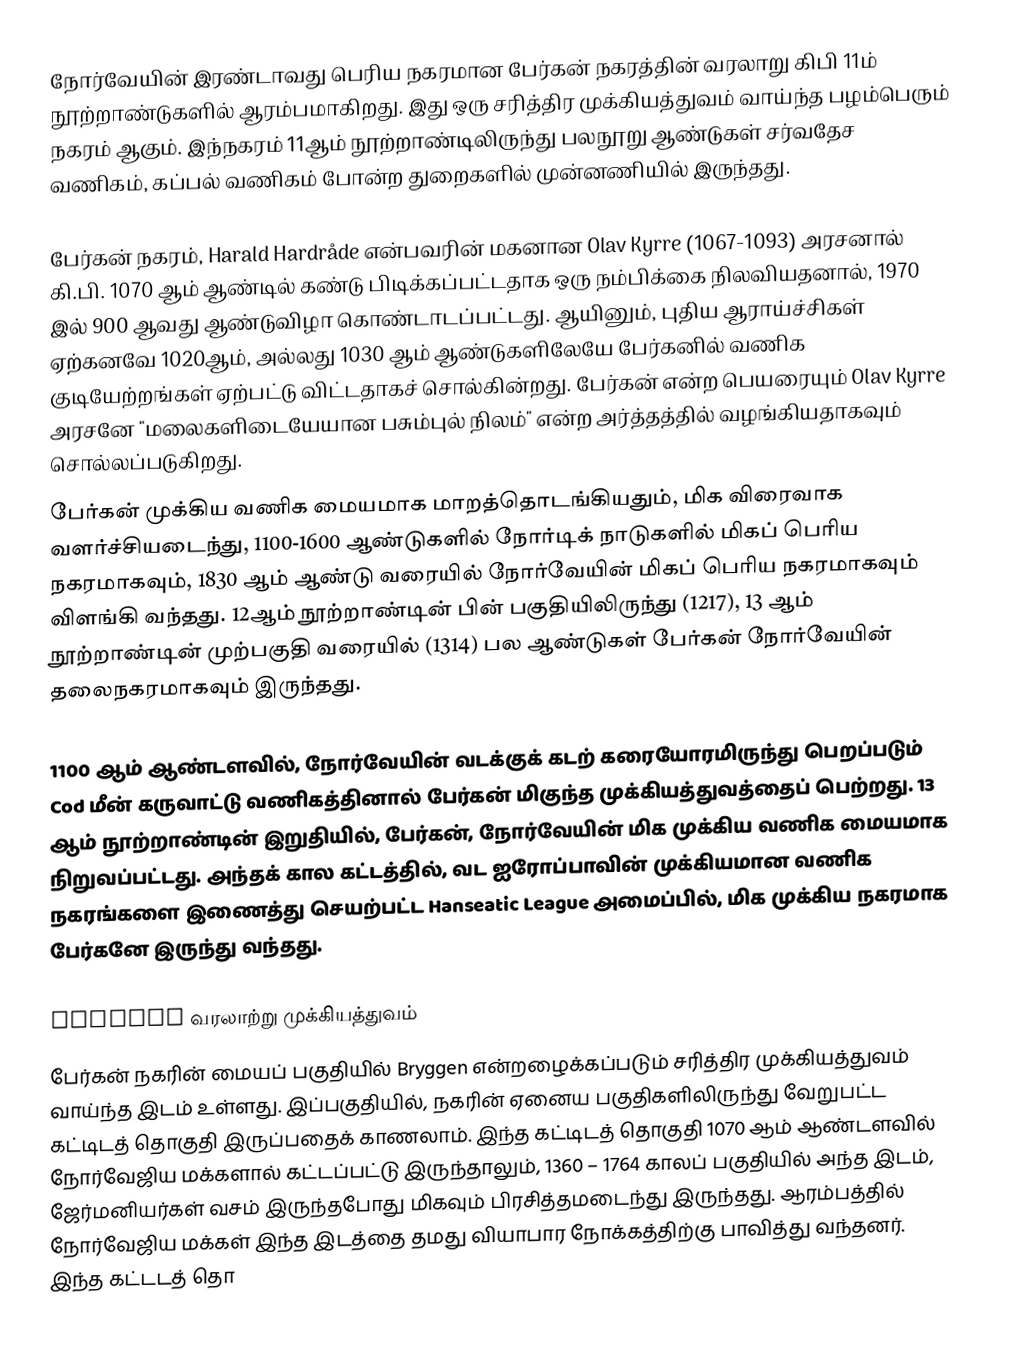
நோர்வேயின் இரண்டாவது பெரிய நகரமான பேர்கன் நகரத்தின் வரலாறு கிபி 11ம் நூற்றாண்டுகளில் ஆரம்பமாகிறது. இது ஒரு சரித்திர முக்கியத்துவம் வாய்ந்த பழம்பெரும் நகரம் ஆகும். இந்நகரம் 11ஆம் நூற்றாண்டிலிருந்து பலநூறு ஆண்டுகள் சர்வதேச வணிகம், கப்பல் வணிகம் போன்ற துறைகளில் முன்னணியில் இருந்தது.

பேர்கன் நகரம், Harald Hardråde என்பவரின் மகனான Olav Kyrre (1067-1093) அரசனால் கி.பி. 1070 ஆம் ஆண்டில் கண்டு பிடிக்கப்பட்டதாக ஒரு நம்பிக்கை நிலவியதனால், 1970 இல் 900 ஆவது ஆண்டுவிழா கொண்டாடப்பட்டது. ஆயினும், புதிய ஆராய்ச்சிகள் ஏற்கனவே 1020ஆம், அல்லது 1030 ஆம் ஆண்டுகளிலேயே பேர்கனில் வணிக குடியேற்றங்கள் ஏற்பட்டு விட்டதாகச் சொல்கின்றது. பேர்கன் என்ற பெயரையும் Olav Kyrre அரசனே "மலைகளிடையேயான பசும்புல் நிலம்" என்ற அர்த்தத்தில் வழங்கியதாகவும் சொல்லப்படுகிறது.
பேர்கன் முக்கிய வணிக மையமாக மாறத்தொடங்கியதும், மிக விரைவாக வளர்ச்சியடைந்து, 1100-1600 ஆண்டுகளில் நோர்டிக் நாடுகளில் மிகப் பெரிய நகரமாகவும், 1830 ஆம் ஆண்டு வரையில் நோர்வேயின் மிகப் பெரிய நகரமாகவும் விளங்கி வந்தது. 12ஆம் நூற்றாண்டின் பின் பகுதியிலிருந்து (1217), 13 ஆம் நூற்றாண்டின் முற்பகுதி வரையில் (1314) பல ஆண்டுகள் பேர்கன் நோர்வேயின் தலைநகரமாகவும் இருந்தது.

1100 ஆம் ஆண்டளவில், நோர்வேயின் வடக்குக் கடற் கரையோரமிருந்து பெறப்படும் Cod மீன் கருவாட்டு வணிகத்தினால் பேர்கன் மிகுந்த முக்கியத்துவத்தைப் பெற்றது. 13 ஆம் நூற்றாண்டின் இறுதியில், பேர்கன், நோர்வேயின் மிக முக்கிய வணிக மையமாக நிறுவப்பட்டது. அந்தக் கால கட்டத்தில், வட ஐரோப்பாவின் முக்கியமான வணிக நகரங்களை இணைத்து செயற்பட்ட Hanseatic League அமைப்பில், மிக முக்கிய நகரமாக பேர்கனே இருந்து வந்தது.

Bryggen வரலாற்று முக்கியத்துவம்
பேர்கன் நகரின் மையப் பகுதியில் Bryggen என்றழைக்கப்படும் சரித்திர முக்கியத்துவம் வாய்ந்த இடம் உள்ளது. இப்பகுதியில், நகரின் ஏனைய பகுதிகளிலிருந்து வேறுபட்ட கட்டிடத் தொகுதி இருப்பதைக் காணலாம். இந்த கட்டிடத் தொகுதி 1070 ஆம் ஆண்டளவில் நோர்வேஜிய மக்களால் கட்டப்பட்டு இருந்தாலும், 1360 – 1764 காலப் பகுதியில் அந்த இடம், ஜேர்மனியர்கள் வசம் இருந்தபோது மிகவும் பிரசித்தமடைந்து இருந்தது. ஆரம்பத்தில் நோர்வேஜிய மக்கள் இந்த இடத்தை தமது வியாபார நோக்கத்திற்கு பாவித்து வந்தனர். இந்த கட்டடத் தொ